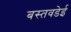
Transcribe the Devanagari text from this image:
बस्तवडेई